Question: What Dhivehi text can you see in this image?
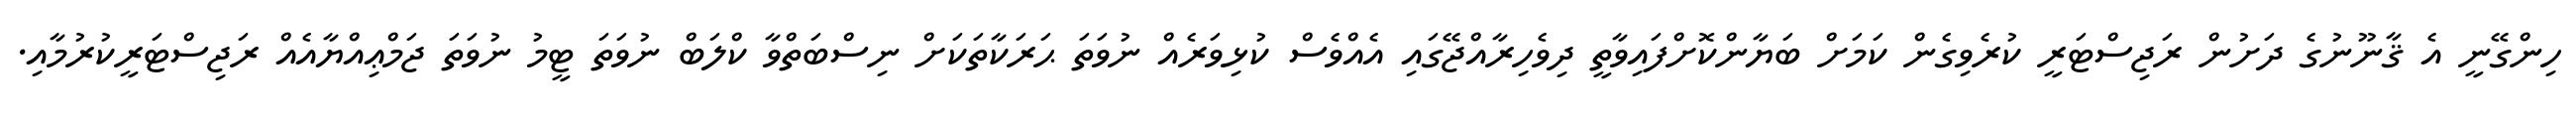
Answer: ހިންގޭނީ އެ ޤާނޫނުގެ ދަށުން ރަޖިސްޓަރީ ކުރެވިގެން ކަމަށް ބަޔާންކޮށްފައިވާތީ ދިވެހިރާއްޖޭގައި އެއްވެސް ކުޅިވަރެއް ނުވަތަ ޙަރަކާތަކަށް ނިސްބަތްވާ ކްލަބް ނުވަތަ ޓީމު ނުވަތަ ޖަމްޢިއްޔާއެއް ރަޖިސްޓަރީކުރުމާއި.